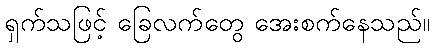
ရှက်သဖြင့် ခြေလက်တွေ အေးစက်နေသည်။